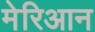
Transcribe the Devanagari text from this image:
मेरिआन